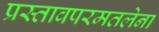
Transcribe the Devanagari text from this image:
प्रस्तावपरमतलेना